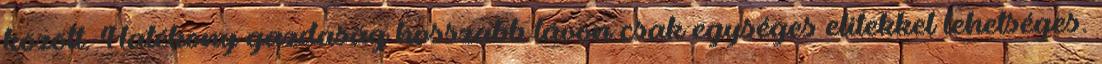
között. Hatékony gazdaság hosszabb távon csak egységes elitekkel lehetséges.